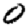
Digit: 0